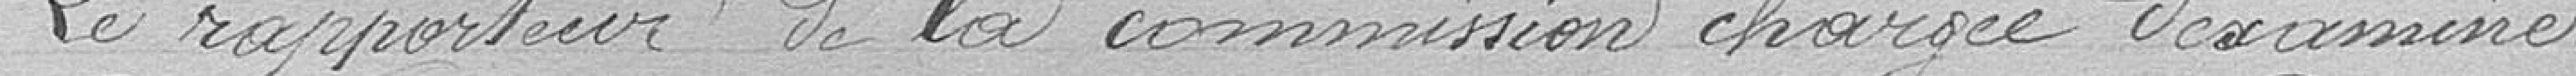
Le rapporteur de la commission chargée d'examiner